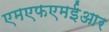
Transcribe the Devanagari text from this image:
एमएफएमईआर